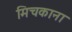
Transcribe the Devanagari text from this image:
मिचकाना